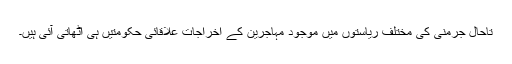
تاحال جرمنی کی مختلف رياستوں ميں موجود مہاجرين کے اخراجات علاقائی حکومتيں ہی اٹھاتی آئی ہيں۔